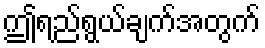
ဤရည်ရွယ်ချက်အတွက်